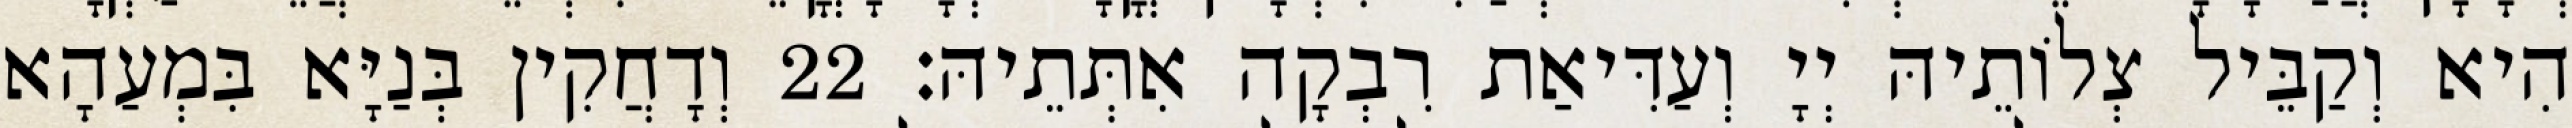
הִיא וְקַבֵּיל צְלוֹתֵיהּ יְיָ וְעַדִּיאַת רִבְקָה אִתְּתֵיהּ׃ 22 וְדָחֲקִין בְּנַיָּא בִּמְעַהָא